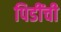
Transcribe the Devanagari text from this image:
पिडींची